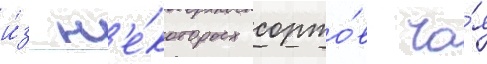
и́з н'е́которых сорто́в ча́я